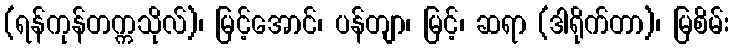
(ရန်ကုန်တက္ကသိုလ်)၊ မြင့်အောင်၊ ပန်တျာ၊ မြင့်၊ ဆရာ (ဒါရိုက်တာ)၊ မြစိမ်း